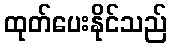
ထုတ်ပေးနိုင်သည်